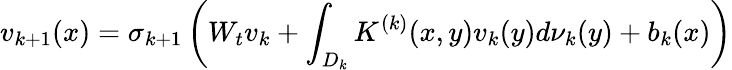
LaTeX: {v}_{k+1}({x})=\sigma_{k+1}\left({W}_{t}{v}_{k}+\int_{{D}_{k}}K^{(k)}({x},{y})v_{k}(y)d\nu_{k}(y)+b_{k}(x)\right)